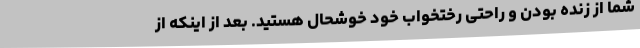
شما از زنده‌ بودن و راحتی رختخواب خود خوشحال هستید. بعد از اینکه از